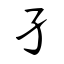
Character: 孑